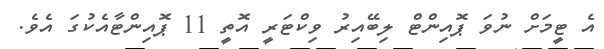
އެ ޓީމަށް ނުވަ ޕޮއިންޓް ލިބޭއިރު ވިކްޓަރީ އޮތީ 11 ޕޮއިންޓާއެކުގަ އެވެ.